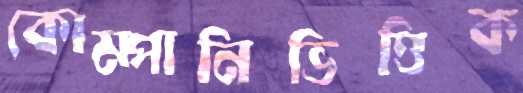
কোম্পানিভিত্তিক